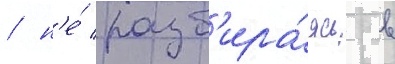
/ н'е́ разб'ира́ясь в